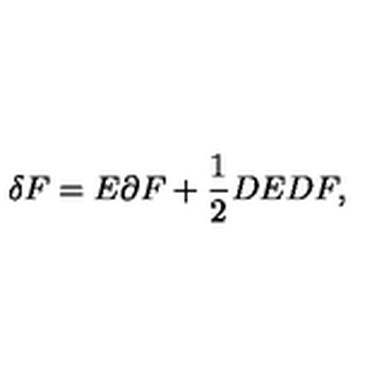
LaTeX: \delta F = E \partial F + \frac { 1 } { 2 } D E D F ,